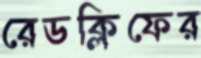
রেডক্লিফের